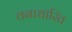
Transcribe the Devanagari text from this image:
वनाधारित